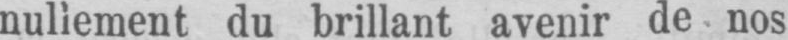
du brillant avenir de nos